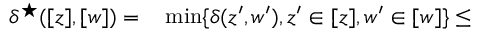
\begin{array} { r l } { \delta ^ { \star } ( [ z ] , [ w ] ) = } & { { } \operatorname* { m i n } \{ \delta ( z ^ { \prime } , w ^ { \prime } ) , z ^ { \prime } \in [ z ] , w ^ { \prime } \in [ w ] \} \leq } \end{array}